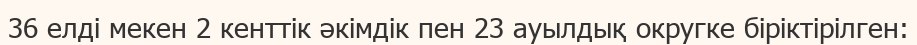
36 елді мекен 2 кенттік әкімдік пен 23 ауылдық округке біріктірілген: